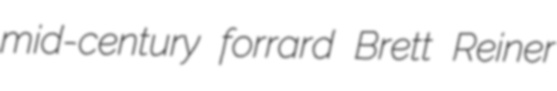
mid-century forrard Brett Reiner